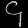
Digit: ၄